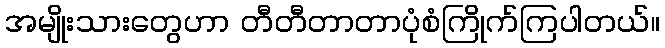
အမျိုးသားတွေဟာ တီတီတာတာပုံစံကြိုက်ကြပါတယ်။